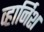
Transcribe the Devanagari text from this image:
व्हार्निश